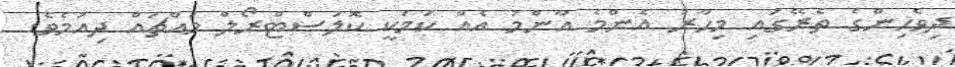
ދިވެހިންގެ ތެރޭގައި މިހާރު އެންމެ އާންމު އެއް ކަމަކީ ކޮލަސްޓްރޯލް މައްޗައް ދިއުމެވެ.